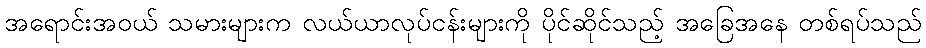
အရောင်းအဝယ် သမားများက လယ်ယာလုပ်ငန်းများကို ပိုင်ဆိုင်သည့် အခြေအနေ တစ်ရပ်သည်